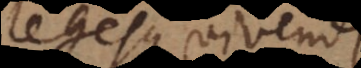
legesque vivendi